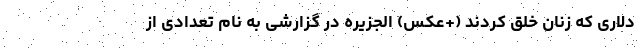
دلاری که زنان خلق کردند (+عکس) الجزیره در گزارشی به نام تعدادی از